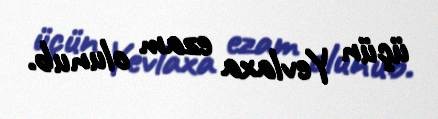
üçün Yevlaxa ezam olunub.